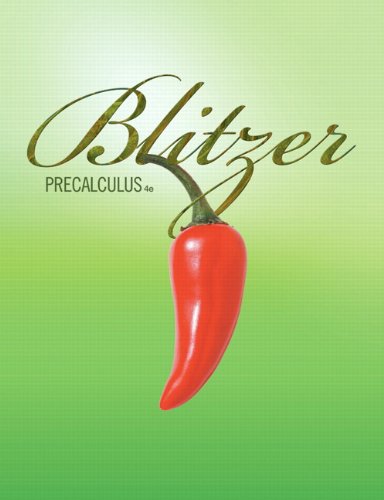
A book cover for Precalculus (4th Edition); Robert F. Blitzer; Science & Math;